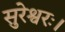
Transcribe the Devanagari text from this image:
सुरेश्वरः।